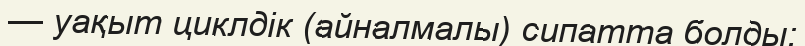
— уақыт циклдік (айналмалы) сипатта болды;